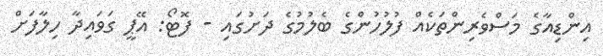
އިންޑިއާގެ މަސްވެރިންތަކެއް ފުލުހުންގެ ބެލުމުގެ ދަށުގައި - ފޮޓޯ: އޭޕީ ގަވައިދާ ހިލާފަށް